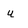
Character: u